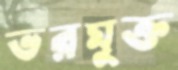
ভরমুক্ত